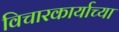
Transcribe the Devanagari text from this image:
विचारकार्याच्या